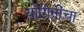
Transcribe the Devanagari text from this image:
योगिनींचा